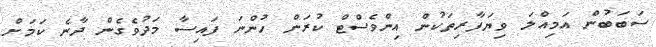
ސަބަބުން އަމިއްލަ ވިޔަފާރިތަކުން އިންވެސްޓް ކުރަން ހުންނަ ފައިސާ މަދުވެގެން ދާނެ ކަމަށް